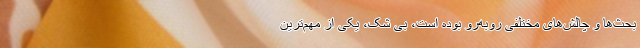
بحث‌ها و چالش‌های مختلفی روبه‌رو بوده است، بی شک، یکی از مهم‌ترین